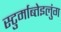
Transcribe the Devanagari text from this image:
स्टुर्माब्तेइलुंग